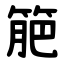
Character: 䈈